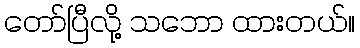
တော်ပြီလို့ သဘော ထားတယ်။